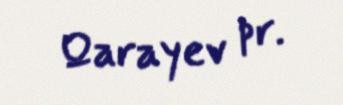
Qarayev pr.